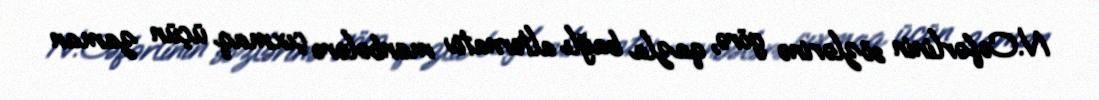
N.Cəfərlinin sözlərinə görə, qazla bağlı alternativ mənbələrə çıxmaq üçün zaman